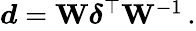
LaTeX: \begin{array}{r}{\boldsymbol{d}=\mathbf{W}\boldsymbol{\delta}^{\top}\mathbf{W}^{-1}\, .}\end{array}